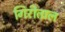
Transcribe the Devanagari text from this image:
गिरीताल